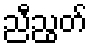
ညီညွတ်